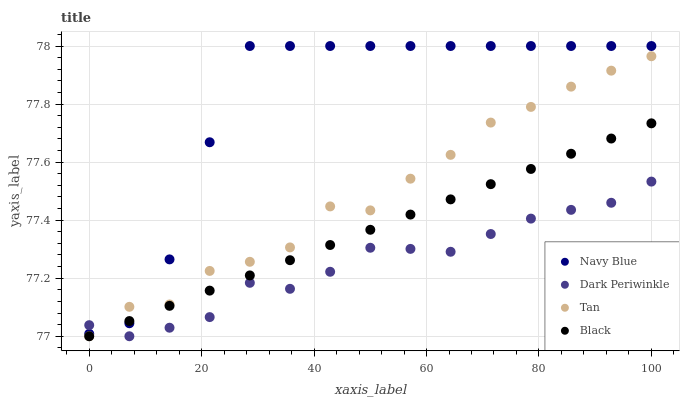
| xaxis_label | Navy Blue | Dark Periwinkle | Tan | Black |
 | --- | --- | --- | --- | --- |
 | 0 | 77 | 77 | 77 | 77 |
 | 7.14 | 77 | 77 | 77.1 | 77.1 |
 | 14.3 | 77.3 | 77 | 77.1 | 77.1 |
 | 21.4 | 77.7 | 77.1 | 77.2 | 77.2 |
 | 28.6 | 78 | 77.2 | 77.3 | 77.2 |
 | 35.7 | 78 | 77.2 | 77.3 | 77.3 |
 | 42.9 | 78 | 77.2 | 77.4 | 77.3 |
 | 50 | 78 | 77.3 | 77.4 | 77.4 |
 | 57.1 | 78 | 77.3 | 77.5 | 77.4 |
 | 64.3 | 78 | 77.3 | 77.6 | 77.5 |
 | 71.4 | 78 | 77.4 | 77.7 | 77.5 |
 | 78.6 | 78 | 77.4 | 77.8 | 77.6 |
 | 85.7 | 78 | 77.4 | 77.9 | 77.6 |
 | 92.9 | 78 | 77.5 | 77.9 | 77.7 |
 | 100 | 78 | 77.5 | 78 | 77.7 |